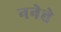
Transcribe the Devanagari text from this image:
ननेत्ते